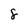
Character: 8